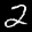
Digit: 2